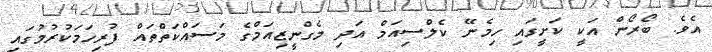
އެވެ. ބޯރޯން އަކީ ކަށީގައި ހިމެނޭ ކެލްސިއަމް އަދި މެގްނީޒިއަމްގެ މަސައްކަތްތައް ފުރިހަމަކުރުމުގައި